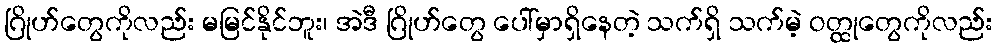
ဂြိုဟ်တွေကိုလည်း မမြင်နိုင်ဘူး၊ အဲဒီ ဂြိုဟ်တွေ ပေါ်မှာရှိနေတဲ့ သက်ရှိ သက်မဲ့ ဝတ္ထုတွေကိုလည်း